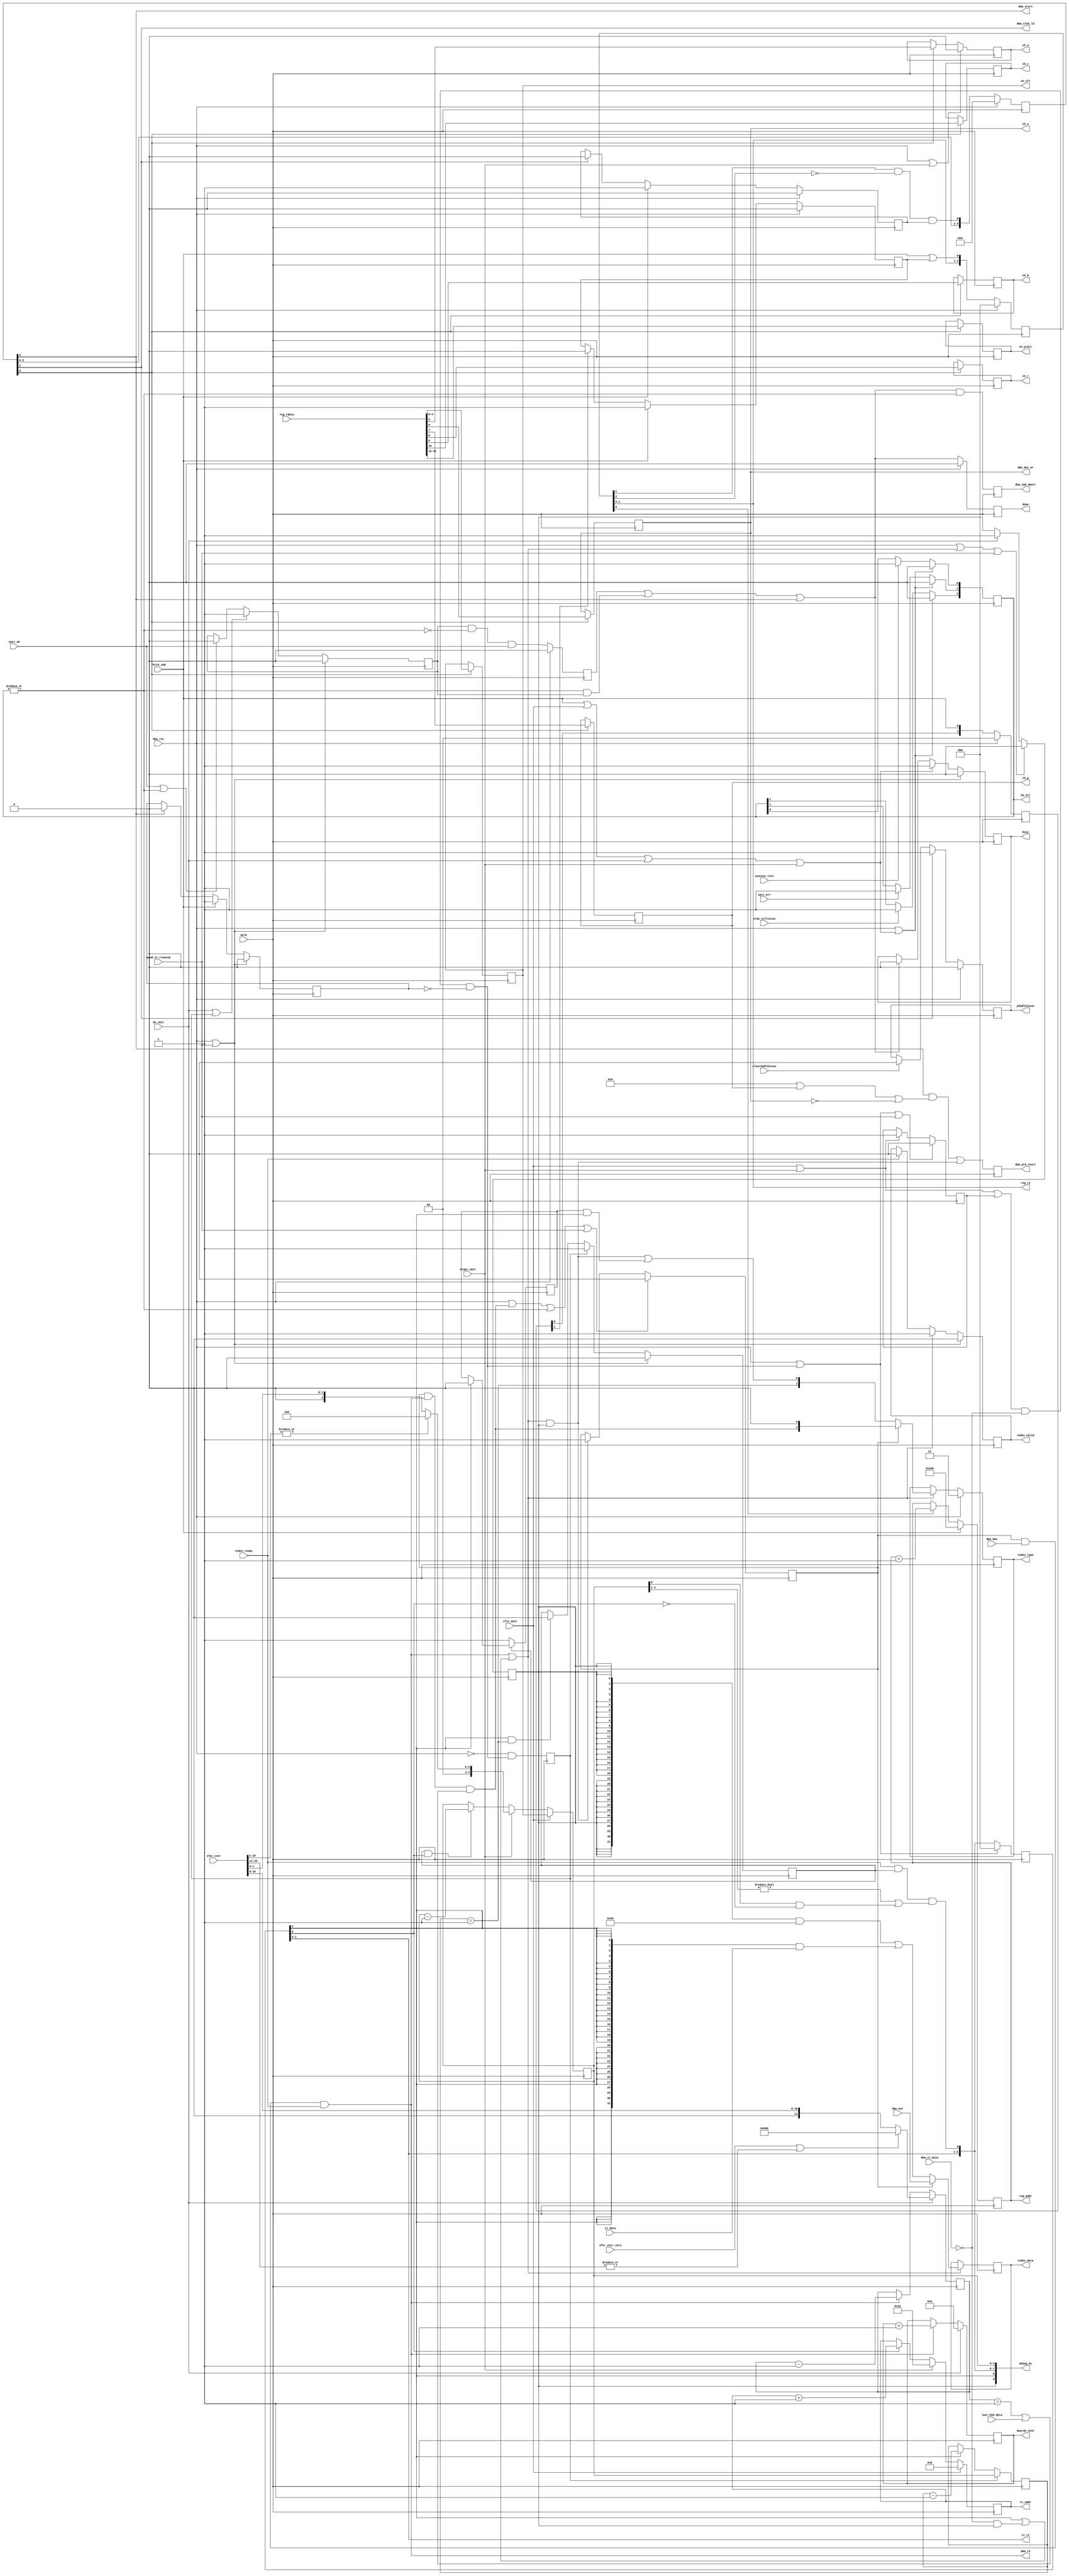
module  ahci_fis_transmit #(
    parameter PREFETCH_ALWAYS =   0,
    parameter READ_REG_LATENCY =  2, // 0 if  reg_rdata is available with reg_re/reg_addr, 2 with re/regen
//    parameter READ_CT_LATENCY =   1, // 0 if  reg_rdata is available with reg_re/reg_addr, 2 with re/regen
    parameter READ_CT_LATENCY =   2, // 0 if  reg_rdata is available with reg_re/reg_addr, 2 with re/regen
    parameter ADDRESS_BITS =     10 // number of memory address bits - now fixed. Low half - RO/RW/RWC,RW1 (2-cycle write), 2-nd just RW (single-cycle)

)(
    input                         hba_rst, // @posedge mclk - when port is reset (even COMINIT)?
    input                         mclk, // for command/status
    input                         pcmd_st_cleared, // ~= hba_rst?
    // Command pulses to execute states
    input                         fetch_cmd,    // Enter p:FetchCmd, fetch command header (from the register memory, prefetch command FIS)
                                                // wait for either fetch_cmd_busy == 0 or pCmdToIssue ==1 after fetch_cmd
    input                         cfis_xmit,    // transmit command (wait for dma_ct_busy == 0)
    input                         dx_xmit,      // send FIS header DWORD, (just 0x46), then forward DMA data
                                                // transmit until error, 2048DWords or pDmaXferCnt 
    input                         atapi_xmit,   // trasmit ATAPI command FIS
    
    
    output reg                    done, // for fetch_cmd - dma_start, for *_xmit - xmit_ok, xmit_err, syncesc_recv or xrdy_collision
    output reg                    busy,

    input                         clearCmdToIssue, // From CFIS:SUCCESS 
    output                        pCmdToIssue, // AHCI port variable
//    output                        dmaCntrZero, // DMA counter is zero - would be a duplicate to the one in receive module and dwords_sent output
//    output reg                    fetch_cmd_busy, // does not include prefetching CT - now just use busy/done

// Should wait for xmit_ok? Timeout? Timeout will be handled by software, so just wait for OK or some error
    input                         xmit_ok,      // FIS transmission acknowledged OK
    input                         xmit_err,     // 
    input                         syncesc_recv, // These two inputs interrupt transmit
    input                         xrdy_collision, 
    output                 [ 2:0] dx_err,       // bit 0 - syncesc_recv, 1 - R_ERR (was xmit_err), 2 - collision  (valid @ xmit_err and later, reset by new command)
    
    output                 [15:0] ch_prdtl,    // Physical region descriptor table length (in entries, 0 is 0)
    output                        ch_c,        // Clear busy upon R_OK for this FIS
    output                        ch_b,        // Built-in self test command
    output                        ch_r,        // reset - may need to send SYNC escape before this command
    output                        ch_p,        // prefetchable - only used with non-zero PRDTL or ATAPI bit set
    output                        ch_w,        // Write: system memory -> device
    output                        ch_a,        // ATAPI: 1 means device should send PIO setup FIS for ATAPI command
    output                  [4:0] ch_cfl,      // length of the command FIS in DW, 0 means none. 0 and 1 - illegal,
                                               // maximal is 16 (0x10)
    output reg             [11:0] dwords_sent, // number of DWORDs transmitted (up to 2048)                                 
    
    // register memory interface
    output reg [ADDRESS_BITS-1:0] reg_addr,      
    output                 [ 1:0] reg_re,
    input                  [31:0] reg_rdata,

    // ahci_fis_receive interface
    input                  [31:2] xfer_cntr,      // transfer counter in words for both DMA (31 bit) and PIO (lower 15 bits), updated after decr_dwc
    input                         xfer_cntr_zero, // transfer counter was not set


    output                        dma_ctba_ld,   // load command table address from 
    output                        dma_start,     // start processing command table, reset prdbc (next cycle after dma_ctba_ld, bits prdtl valid)
    output                        dma_dev_wr,    // write to device (valid at start)
    input                         dma_ct_busy,   // dma module is busy reading command table from the system memory
    // issue dma_prd_start same time as dma_start if prefetch enabled, otherwise with cfis_xmit
    output reg                    dma_prd_start, // at or after cmd_start - enable reading PRD/data (if any) ch_prdtl should be valid, twice - OK
    output reg                    dma_cmd_abort,   // try to abort a command
    
    // reading out command table data from DMA module
    output reg             [ 4:0] ct_addr,     // DWORD address
    output                 [ 1:0] ct_re,       // [0] - re, [1] - regen 
    input                  [31:0] ct_data,     // 
    
    // DMA (memory -> device) interface
    input                  [31:0] dma_out,      // 32-bit data from the DMA module, HBA -> device port
    input                         dma_dav,      // at least one dword is ready to be read from DMA module
    output                        dma_re,       // read dword from DMA module to the output register
    input                         last_h2d_data,// last dword in dma_out
    
    // Data System memory or FIS -> device
    output reg             [31:0] todev_data,     // 32-bit data from the system memory to HBA (dma data)
    output reg             [ 1:0] todev_type,     // 0 - data, 1 - FIS head, 2 - FIS LAST)
    output                        todev_valid,    // output register full
    input                         todev_ready     // send FIFO has room for data (>= 8? dwords)
    
    ,output                [9:0] debug_01
    
    // Add a possiblity to flush any data to FIFO if error was detected after data went there?
);
    localparam CLB_OFFS32 = 'h200; //  # In the second half of the register space (0x800..0xbff - 1KB)
    localparam DATA_FIS =   32'h46;
    reg                 todev_full_r;
    reg                 dma_en_r;
    wire                fis_data_valid;
    wire          [1:0] fis_data_type;
    wire         [31:0] fis_data_out;
    
    wire                write_or_w;
                                                                                         // for fis_data_valid - longer latency
//    wire                fis_out_w =  !dma_en_r && fis_data_valid && todev_ready;
    wire                dma_re_w =    dma_en_r && dma_dav && todev_ready;
///    wire                dma_re_w =    dma_en_r && dma_dav && todev_ready && (!todev_full_r || !watch_prd_end_w);

    reg               [15:0] ch_prdtl_r;
    reg                      ch_c_r;
    reg                      ch_b_r;
    reg                      ch_r_r;
    reg                      ch_p_r;
    reg                      ch_w_r;
    reg                      ch_a_r;
    reg                [4:0] ch_cmd_len_r;
    reg                [4:0] cfis_acmd_left_r; // number of DWORDS in CFIS or ACMD area of the command table left to be fetched from ahci_dma module BRAM
                                               // For CFIS this register is set from ch_cmd_len_r, for ACMD - from the xfer_cntr input
                                               // (stored in the ahci_fis_receive module)
    reg                [4:0] cfis_acmd_left_out_r; // Same, just with latency of the data available from the ahci_dma module
    
//    reg               [31:7] ch_ctba_r;                                       
    reg [READ_REG_LATENCY:0] reg_re_r;
    wire                     reg_re_w; // combined conditions to read register memory
///    wire                     reg_stb =     reg_re_r[READ_REG_LATENCY];
///    wire                     reg_stb =     reg_re_r[READ_REG_LATENCY-1];
    wire                     pre_reg_stb = reg_re_r[READ_REG_LATENCY-1] && !reg_re_r[READ_REG_LATENCY]; // only first, to make running 1
    reg                [3:0] fetch_chead_r; 
    reg                [3:0] fetch_chead_stb_r;
    wire                     chead_done_w = fetch_chead_stb_r[2]; // done fetching command header
    reg                      chead_bsy;    // busy reading command header
    reg                      chead_bsy_re; // busy sending read command header
    reg                      pCmdToIssue_r;
//    reg                      fetch_ct_r;
    reg                      acfis_xmit_pend_r; //
    reg                      acfis_xmit_start_r; 
    reg                      acfis_xmit_busy_r; //
//    reg                      anc_fis_r; // This is ATAPI FIS, not Command FIS

    wire                     acfis_xmit_start_w = (cfis_xmit || atapi_xmit || acfis_xmit_pend_r) && !dma_ct_busy && !fetch_cmd_busy_r; // dma_ct_busy no gaps with fetch_cmd_busy
    wire                     acfis_xmit_end = ct_stb && fis_dw_last;
    
    wire                     ct_re_w; // next cycle will be ct_re;
    reg  [READ_CT_LATENCY:0] ct_re_r;
    
    wire                     ct_stb = ct_re_r[READ_CT_LATENCY];
    
    reg                      fis_dw_first;
    wire                     fis_dw_last;
    
    reg               [11:0] dx_dwords_left;
    reg                      dx_fis_pend_r; // waiting to send first DWORD of the  H2D data transfer
    wire                     dx_dma_last_w; // sending last data word
    reg                      dx_busy_r;
    reg               [ 2:0] dx_err_r;
    reg                      xmit_ok_r;
    wire                     any_cmd_start = fetch_cmd || cfis_xmit || dx_xmit || atapi_xmit;
//    wire                     done_w = dx_dma_last_w || ((|dx_err_r) && dx_busy_r) || chead_done_w || acfis_xmit_end || dma_start; // done on last transmit or error
                             // dma_start ends 'fetch_cmd'
    wire                     done_w = xmit_ok_r || ((|dx_err_r) && dx_busy_r) || dma_start; // done on last transmit or error
    
    reg                      fetch_cmd_busy_r;
    
    // now ahci_dma watches for the last data DWORD and generates last_h2d_data, so transmission will end if either of xfer counter or DMA data (defined by total prd size)
    // if xfer_cntr wazs 0, it will never be decremented and never equal to 1, will not generate last)
//    reg                      xfer_cntr_is_set; 
//    reg                      watch_prd_end;
//    wire                     masked_last_h2d_data = xfer_cntr_not_set && last_h2d_data; // otherwise use xfer counter to find FIS end
//    wire                     watch_prd_end_w =  masked_last_h2d_data || watch_prd_end; // Maybe not needed - just use watch_prd_end

//    reg                [1:0] was_dma_re;  // previous values of dma_re
//    reg                [2:0] was_dma_ndav; // inverted/masked previous values of dma_dav 
//    wire                     send_last_w = was_dma_ndav[2];
    assign todev_valid = todev_full_r;
//    assign todev_valid = todev_full_r && (!watch_prd_end_w || dma_dav || send_last_w);
    assign dma_re =   dma_re_w;
    assign reg_re =   reg_re_r[1:0]; 
    
    assign ch_prdtl = ch_prdtl_r;
    assign ch_c =     ch_c_r;
    assign ch_b =     ch_b_r;
    assign ch_r =     ch_r_r;
    assign ch_p =     ch_p_r;
    assign ch_w =     ch_w_r;
    assign ch_a =     ch_a_r;
//    assign ch_cfl =   cfis_acmd_left_r;
    assign ch_cfl =   ch_cmd_len_r;
    assign reg_re_w = fetch_cmd || chead_bsy_re;
    assign dma_ctba_ld = fetch_chead_stb_r[2];
    assign dma_start =   fetch_chead_stb_r[3]; // next cycle after dma_ctba_ld 
    assign pCmdToIssue = pCmdToIssue_r;
//    assign dmaCntrZero = dmaCntrZero_r;
    assign ct_re =       ct_re_r[1:0];
///    assign fis_data_valid = ct_stb; // no wait write to output register 'todev_data', ct_re_r[0] is throttled according to FIFO room availability
    // What else to wait for when
    assign fis_data_valid = ct_stb || (!dma_ct_busy && dx_fis_pend_r); // no wait write to output register 'todev_data', ct_re_r[0] is throttled according to FIFO room availability
    
///    assign ct_re_w = todev_ready &&  ((cfis_acmd_left_r[4:1] != 0) || (cfis_acmd_left_r[0] && !ct_re_r[0]));  // Later add more sources
    assign ct_re_w = todev_ready &&  acfis_xmit_busy_r && ((cfis_acmd_left_r[4:1] != 0) || (cfis_acmd_left_r[0] && !ct_re_r[0]));  // Later add more sources
    //
    assign fis_dw_last = (cfis_acmd_left_out_r == 1);
    assign fis_data_type = {fis_dw_last, (write_or_w && dx_fis_pend_r) | (fis_dw_first && ct_stb)};
    
    assign fis_data_out = ({32{dx_fis_pend_r}} & DATA_FIS) | ({32{ct_stb}} & ct_data) ;
    assign dx_dma_last_w = dma_en_r && dma_re_w && ((dx_dwords_left[11:0] == 1) || last_h2d_data);

    assign dx_err = dx_err_r;
    assign dma_dev_wr = ch_w_r;
/// assign  write_or_w = (dma_en_r?(dma_dav && todev_ready ):fis_data_valid); // do not fill the buffer if FIFO is not ready for DMA,
/// assign  write_or_w = (dma_en_r?(dma_dav && todev_ready && (!todev_full_r || !watch_prd_end_w)):fis_data_valid); // do not fill the buffer if FIFO is not ready for DMA,
    assign  write_or_w = dma_re_w || fis_data_valid; 
    
// When watching for FIS end, do not fill/use output register in the same cycle    

    reg [3:0] dbg_was_ct_re_r;
    reg [4:0] dbg_was_cfis_acmd_left_r;
    
    
    
    always @ (posedge mclk) begin
        // Mutliplex between DMA and FIS output to the output routed to transmit FIFO
        // Count bypassing DMA dwords to generate FIS_last condition?
        if      (hba_rst || pcmd_st_cleared) todev_full_r <= 0;
        else if (write_or_w)                 todev_full_r <= 1; // do not fill the buffer if FIFO is not ready
        else if (todev_ready)                todev_full_r <= 0;
        
        if (write_or_w)                      todev_data <= dma_en_r? dma_out: fis_data_out;
        
        if      (hba_rst)                    todev_type <= 3; // invalid? - no, now first and last word in command FIS (impossible?)
        else if (write_or_w)                 todev_type <= dma_en_r? {dx_dma_last_w , 1'b0} : fis_data_type;
        // Read 3 DWORDs from the command header
        
        if (hba_rst)                         fetch_chead_r <= 0; // running 1 
        else                                 fetch_chead_r <= {fetch_chead_r[2:0], fetch_cmd};
        
        if      (hba_rst)                    fetch_chead_stb_r <= 0;
        else                                 fetch_chead_stb_r <= {fetch_chead_stb_r[2:0], pre_reg_stb && chead_bsy};        

        if      (hba_rst)                    chead_bsy <= 0;
        else if (fetch_cmd)                  chead_bsy <= 1;
        else if (chead_done_w)               chead_bsy <= 0;

        if      (hba_rst)                    chead_bsy_re <= 0;
        else if (fetch_cmd)                  chead_bsy_re <= 1;
        else if (fetch_chead_r[1])           chead_bsy_re <= 0; // read 3 dwords
        
        if      (hba_rst)                    reg_re_r <= 0; // [0] -> reg_re output
        else                                 reg_re_r <= {reg_re[1:0], reg_re_w};
        
        if      (fetch_cmd)                  reg_addr <= CLB_OFFS32;   // there will be more conditions
        else if (reg_re_r[0])                reg_addr <= reg_addr + 1;
        
        // save command header data to registers
        if (fetch_chead_stb_r[0]) begin
            ch_prdtl_r <=   reg_rdata[31:16];
            ch_c_r <=       reg_rdata[   10];
            ch_b_r <=       reg_rdata[    9];
            ch_r_r <=       reg_rdata[    8];
            ch_p_r <=       reg_rdata[    7];
            ch_w_r <=       reg_rdata[    6];
//            ch_a_r <=       reg_rdata[    5];
            ch_cmd_len_r<=  reg_rdata[ 4: 0];
        end
//ch_a
       if (hba_rst || atapi_xmit)     ch_a_r <= 0;
       else if (fetch_chead_stb_r[0]) ch_a_r <= reg_rdata[    5];

       if      (hba_rst)         pCmdToIssue_r <= 0;
       else if (chead_done_w)    pCmdToIssue_r <= 1;
       else if (clearCmdToIssue) pCmdToIssue_r <= 0;
       
       if      (hba_rst || pcmd_st_cleared) fetch_cmd_busy_r <= 0;
       else if (fetch_cmd)                  fetch_cmd_busy_r <= 1;
       else if (dma_start)                  fetch_cmd_busy_r <= 0;
       
       //CFIS/ATAPI common

       // fetch and send command/atapi FIS
       if (hba_rst || acfis_xmit_start_w || pcmd_st_cleared) acfis_xmit_pend_r <= 0;
       else if (cfis_xmit || atapi_xmit)                     acfis_xmit_pend_r <= 1;
        
       acfis_xmit_start_r <= !hba_rst && acfis_xmit_start_w;

       if      (hba_rst || pcmd_st_cleared) acfis_xmit_busy_r <= 0;
       else if (acfis_xmit_start_r)         acfis_xmit_busy_r <= 1;
       else if (acfis_xmit_end)             acfis_xmit_busy_r <= 0;
       
       if      (cfis_xmit)                        cfis_acmd_left_r <=   ch_cmd_len_r[ 4: 0];   // Will assume that there is room for ...
       else if (atapi_xmit)                       cfis_acmd_left_r <=  (|xfer_cntr[31:4]) ? 5'h4 : {3'b0,xfer_cntr[3:2]};
       else if (acfis_xmit_busy_r && ct_re_r[0])  cfis_acmd_left_r <=   cfis_acmd_left_r - 1;
       
       // Counting CFIS/ATAPI FIS dwords sent to TL
       if      (acfis_xmit_start_r) cfis_acmd_left_out_r <= cfis_acmd_left_r;
       else if (ct_stb)             cfis_acmd_left_out_r <= cfis_acmd_left_out_r - 1;
       
       if (hba_rst || acfis_xmit_start_w) ct_re_r <= 0;
       else                               ct_re_r <= {ct_re_r[READ_CT_LATENCY-1:0], ct_re_w};
       
       if      (cfis_xmit)   ct_addr <= 0;
       else if (atapi_xmit)  ct_addr <= 'h10; // start of ATAPI area
//       else if (cfis_acmd_left_r[0]) ct_addr <= ct_addr + 1;
       else if (ct_re_r[0])  ct_addr <= ct_addr + 1;
//
       // first/last dword in FIS
       if (!acfis_xmit_busy_r) fis_dw_first <= 1;
       else if (ct_stb)        fis_dw_first <= 0;
       
       //TODO: update xfer length, prdtl (only after R_OK) - yes, do it outside
       
       if   (dx_xmit)     dx_dwords_left[11:0] <= (xfer_cntr_zero || (|xfer_cntr[31:13])) ? 12'h800 : {1'b0,xfer_cntr[12:2]};
       else if (dma_re_w) dx_dwords_left[11:0] <= dx_dwords_left[11:0] - 1;
       
       if      (dx_xmit)  dwords_sent <= 0;
       else if (dma_re_w) dwords_sent <= dwords_sent + 1;

       // send FIS header
       if (hba_rst || write_or_w ||pcmd_st_cleared) dx_fis_pend_r <= 0;
       else if (dx_xmit)                            dx_fis_pend_r <= 1;
       
       if (hba_rst || dx_dma_last_w || (|dx_err_r) || pcmd_st_cleared) dma_en_r  <= 0;
       else if (dx_fis_pend_r &&  write_or_w)                          dma_en_r  <= 1;
       
       // Abort on transmit errors
       if (hba_rst || any_cmd_start) dx_err_r[0] <= 0;
       else if (syncesc_recv)        dx_err_r[0] <= 1;

       if (hba_rst || any_cmd_start) dx_err_r[1] <= 0;
       else if (xmit_err)            dx_err_r[1] <= 1;
       
       if (hba_rst || any_cmd_start) dx_err_r[2] <= 0;
       else if (xrdy_collision)      dx_err_r[2] <= 1;

       if      (hba_rst || pcmd_st_cleared)    dx_busy_r <= 0;   // sending CFIS, AFIS or data FIS (until error or R_OK)
       else if (dx_xmit || acfis_xmit_start_r) dx_busy_r <= 1;
       else if (xmit_ok || (|dx_err_r))        dx_busy_r <= 0;

       dma_prd_start <= (dma_start && (PREFETCH_ALWAYS || ch_p_r || !ch_w_r)) ||  // device read may prefetch just prd addresses
                        (dx_fis_pend_r &&  write_or_w); // enable PRD read now (if it was not already done)
        
       if      (hba_rst)                      done <= 0;
       else                                   done <= done_w;
       
       if      (hba_rst || pcmd_st_cleared)   busy <= 0;
       else if (any_cmd_start)                busy <= 1;
       else if (done_w)                       busy <= 0;
       
       if      (hba_rst)                      xmit_ok_r <= 0;
       else                                   xmit_ok_r <= dx_busy_r && !(|dx_err_r) && xmit_ok;

       dma_cmd_abort <= done_w && (|dx_err_r);

       if (cfis_xmit) dbg_was_ct_re_r <= {ct_re_r, ct_re_w};
       if (cfis_xmit) dbg_was_cfis_acmd_left_r <= cfis_acmd_left_r;

    end 
    
    assign debug_01 = {dx_fis_pend_r,  ct_re_r, ct_re_w, cfis_acmd_left_r}; // 1,2,5
//    assign debug_01 = {acfis_xmit_start_w,  acfis_xmit_pend_r, dma_ct_busy, fetch_cmd_busy_r, ct_re_w, dbg_was_cfis_acmd_left_r}; // 1,2,5
//    wire                     acfis_xmit_start_w = (cfis_xmit || atapi_xmit || acfis_xmit_pend_r) && !dma_ct_busy && !fetch_cmd_busy_r; // dma_ct_busy no gaps with fetch_cmd_busy
    

endmodule